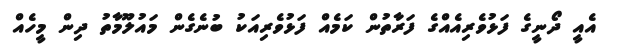
އެއީ ދޯނީގެ ފަޅުވެރިއެއްގެ ފަރާތުން ކަމެއް ފަޅުވެރިއަކު ބުނެގެން މައުލޫމާތު ދިން މީހެއް